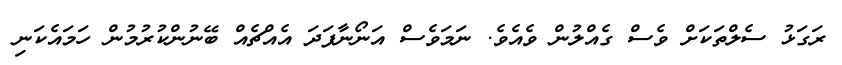
ރަގަޅު ސެލްތަކަށް ވެސް ގެއްލުން ވެއެވެ. ނަމަވެސް އަނޯނާފަދަ އެއްޗެއް ބޭނުންކުރުމުން ހަމައެކަނި